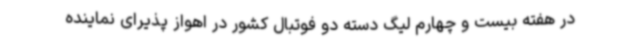
در هفته بیست و چهارم لیگ دسته دو فوتبال کشور در اهواز پذیرای نماینده